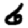
Digit: 6